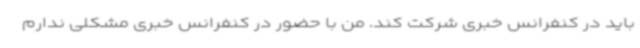
باید در کنفرانس خبری شرکت کند. من با حضور در کنفرانس خبری مشکلی ندارم